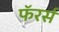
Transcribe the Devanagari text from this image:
फॅरर्स